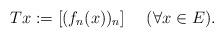
LaTeX: \begin{align*} Tx:=[(f_n(x))_n] \ \ \ \ (\forall x\in E).\end{align*}